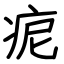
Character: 痆